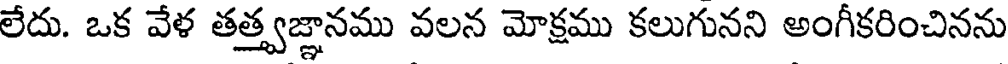
లేదు. ఒక వేళ తత్త్వజ్ఞానము వలన మోక్షము కలుగునని అంగీకరించినను